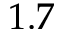
1 . 7